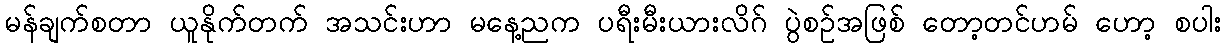
မန်ချက်စတာ ယူနိုက်တက် အသင်းဟာ မနေ့ညက ပရီးမီးယားလိဂ် ပွဲစဥ်အဖြစ် တော့တင်ဟမ် ဟော့ စပါး